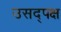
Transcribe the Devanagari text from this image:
उसद्पक्ष